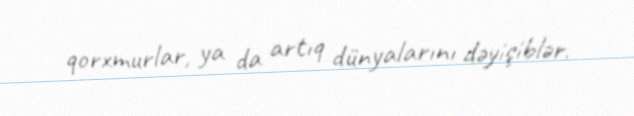
qorxmurlar, ya da artıq dünyalarını dəyişiblər.